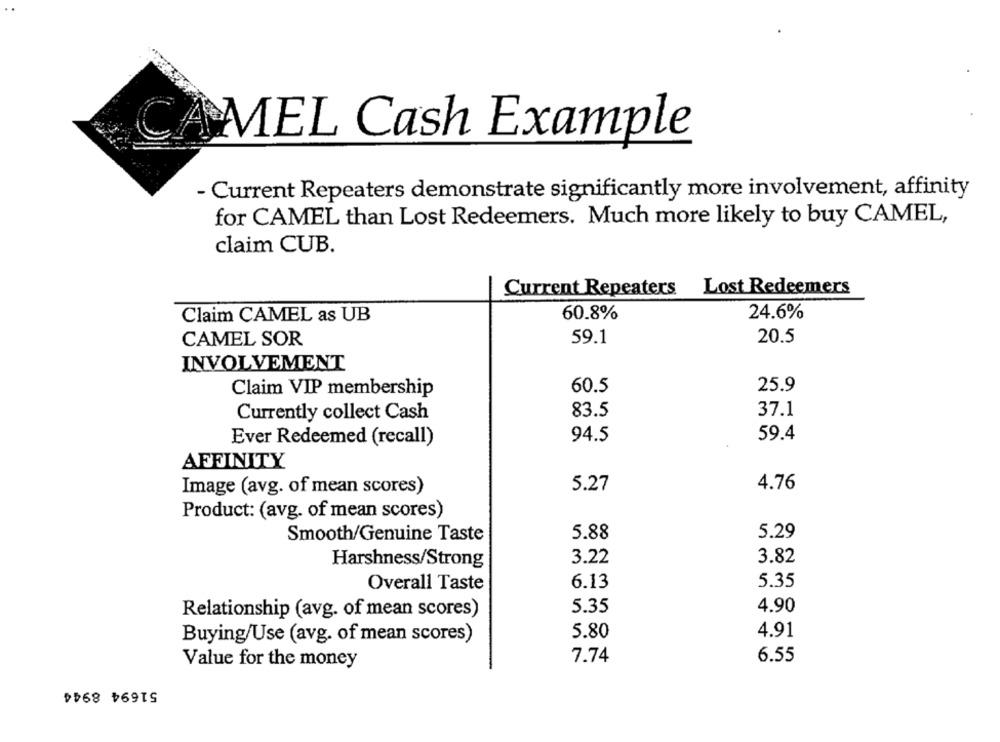
CAMEL Cash Example
- Current Repeaters demonstrate significantly more involvement, affinity
for CAMEL than Lost Redeemers. Much more likely to buy CAMEL,
claim CUB.
Current Repeaters Lost Redeemers
Claim CAMEL as UB
60.8%
24.6%
CAMEL SOR
59.1
20.5
INVOLVEMENT
Claim VIP membership
60.5
25.9
Currently collect Cash
83.5
37.1
94.5
59.4
Ever Redeemed (recall)
AFFINITY
5.27
4.76
Image (avg. of mean scores)
Product: (avg. of mean scores)
5.88
5.29
Smooth/Genuine Taste
Harshness/Strong
3.22
3.82
Overall Taste
6.13
5.35
5.35
4.90
Relationship (avg. of mean scores)
Buying/Use (avg. of mean scores)
5.80
4.91
7.74
6.55
Value for the money
51694 8944